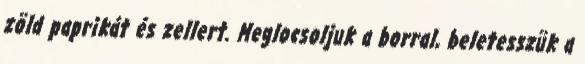
zöld paprikát és zellert. Meglocsoljuk a borral, beletesszük a